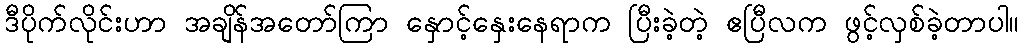
ဒီပိုက်လိုင်းဟာ အချိန်အတော်ကြာ နှောင့်နှေးနေရာက ပြီးခဲ့တဲ့ ဧပြီလက ဖွင့်လှစ်ခဲ့တာပါ။